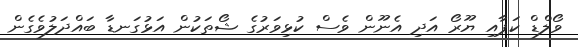
ވޯލްޑް ކަޕާއި ޔޫރޯ އަދި އެނޫން ވެސް ކުޅިވަރުގެ ޝޯތަކުން އަޅުގަނޑާ ބައްދަލުވެގެން